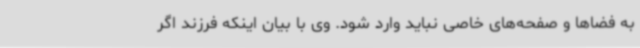
به فضاها و صفحه‌های خاصی نباید وارد شود. وی با بیان اینکه فرزند اگر